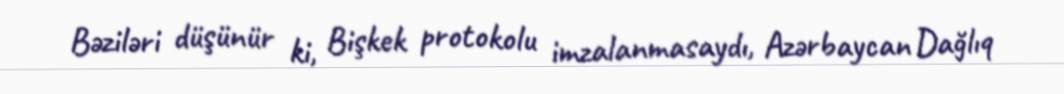
Bəziləri düşünür ki, Bişkek protokolu imzalanmasaydı, Azərbaycan Dağlıq